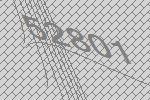
52801